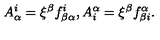
A _ { \alpha } ^ { i } = \xi ^ { \beta } f _ { \beta \alpha } ^ { i } , A _ { i } ^ { \alpha } = \xi ^ { \beta } f _ { \beta i } ^ { \alpha } .